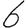
Digit: 6